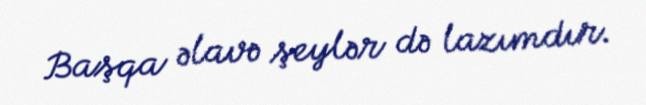
Başqa əlavə şeylər də lazımdır.